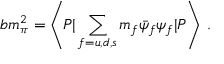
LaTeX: b m _ { \pi } ^ { 2 } = \left\langle P | \sum _ { f = u , d , s } m _ { f } \bar { \psi } _ { f } \psi _ { f } | P \right\rangle \; .